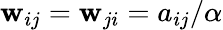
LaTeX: \mathbf{w}_{ij}=\mathbf{w}_{ji}=a_{ij}/\alpha